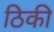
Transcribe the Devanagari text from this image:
ठिकी